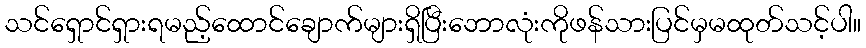
သင်ရှောင်ရှားရမည့်ထောင်ချောက်များရှိပြီးဘောလုံးကိုဖန်သားပြင်မှမထုတ်သင့်ပါ။